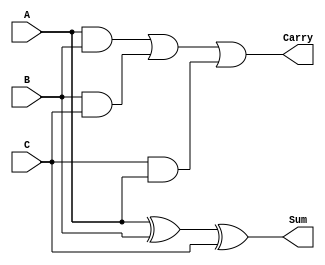
module DynamicCarrySaveAdder (
    input wire [N-1:0] A,  // First input
    input wire [N-1:0] B,  // Second input
    input wire [N-1:0] C,  // Third input
    output wire [N-1:0] Sum, // Sum output
    output wire [N-1:0] Carry // Carry output
);
    parameter N = 4; // Width of the inputs and outputs

    // Intermediate carry signals
    wire [N-1:0] carry_ab; // Carry from A and B
    wire [N-1:0] carry_bc; // Carry from B and C
    wire [N-1:0] carry_ca; // Carry from C and A

    // Generate carry bits using AND gates
    assign carry_ab = A & B; // Carry bits from A and B
    assign carry_bc = B & C; // Carry bits from B and C
    assign carry_ca = C & A; // Carry bits from C and A

    // Sum calculation using XOR gates
    assign Sum = A ^ B ^ C; // Sum bits

    // Carry calculation using OR gates
    assign Carry = carry_ab | carry_bc | carry_ca; // Final carry bits

endmodule